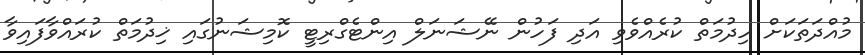
މުއްދަތަކަށް ހިދުމަތް ކުރެއްވެވި އަދި ފަހުން ނޭޝަނަލް އިންޓެގްރިޓީ ކޮމިޝަނުގައި ޚިދުމަތް ކުރައްވާފައިވާ